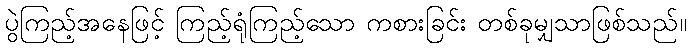
ပွဲကြည့်အနေဖြင့် ကြည့်ရုံကြည့်သော ကစားခြင်း တစ်ခုမျှသာဖြစ်သည်။